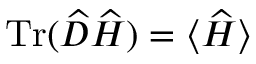
\operatorname { T r } ( \widehat { \cal D } \widehat { H } ) = \langle \widehat { H } \rangle